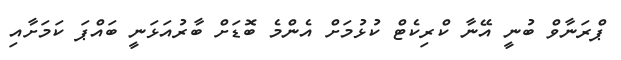
ޕްރަނާވް ބުނީ އޭނާ ކްރިކެޓް ކުޅުމަށް އެންމެ ބޮޑަށް ބާރުއަޅަނީ ބައްޕަ ކަމަށާއި